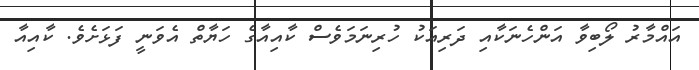
އައްމާރު ލޯބިވާ އަންހެނަކާއި ދަރިއަކު ހުރިނަމަވެސް ކާއިއާގެ ހަޔާތް އެވަނީ ފަޅަށެވެ. ކާއިއާ